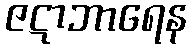
ဇဋာဘာရေန